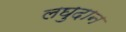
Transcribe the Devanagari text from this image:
लघुदान